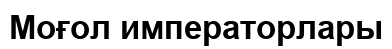
Моғол императорлары